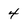
Character: 4